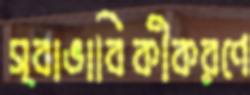
স্বাভাবিকীকরণে